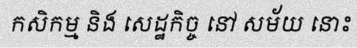
កសិកម្ម និង សេដ្ឋកិច្ច នៅ សម័យ នោះ